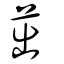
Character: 茁